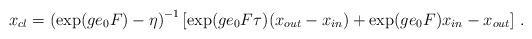
LaTeX: \begin{align*}x\sb{cl}=\left(\exp(ge\sb0F)-\eta\right)\sp{-1}\left\lbrack\exp(ge\sb0F\tau)(x\sb{out}-x\sb{in})+\exp(ge\sb0F)x\sb{in}-x\sb{out}\right\rbrack\,.\end{align*}